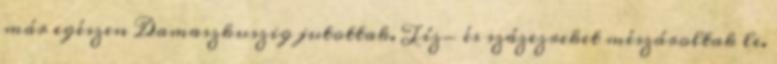
már egészen Damaszkuszig jutottak. Tíz- és százezreket mészároltak le.